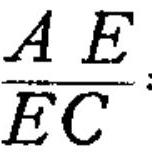
\frac{AE}{EC}